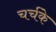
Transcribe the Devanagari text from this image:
चर्चके